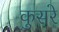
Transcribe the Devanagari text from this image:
कुसरे